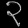
Digit: ၃